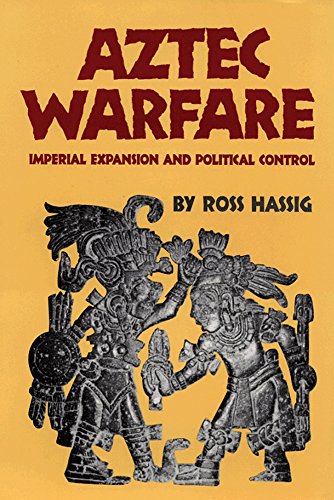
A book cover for Aztec Warfare: Imperial Expansion and Political Control (The Civilization of the American Indian Series); Ross Hassig; History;